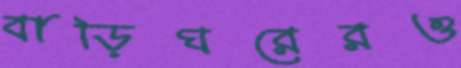
বাড়িঘরেরও